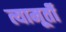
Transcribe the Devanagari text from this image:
त्यामूर्ती